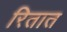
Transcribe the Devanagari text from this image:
रितात